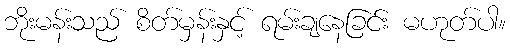
ဘိုးမန်းသည် စိတ်မှန်းနှင့် ရမ်းချနေခြင်း မဟုတ်ပါ။